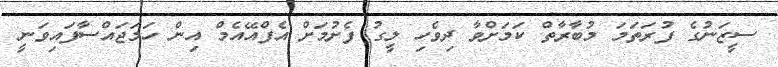
ސީޒަނުގެ ފުރަތަމަ މުބާރާތް ކަމަށްވާ ދިވެހި ލީގު ފެށުމަށް އެފްއޭއެމް އިން ހަމަޖައްސާފައިވަނީ